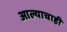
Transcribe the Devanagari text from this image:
आल्याचाही